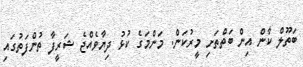
ބަތޫލް ކާން އިން ބަތްތަށި މީރުކަން. މަންމަގެ ކުޅު ދިޔާވެއްޖެ ޝަރީފާ ތުންފަތުގައި